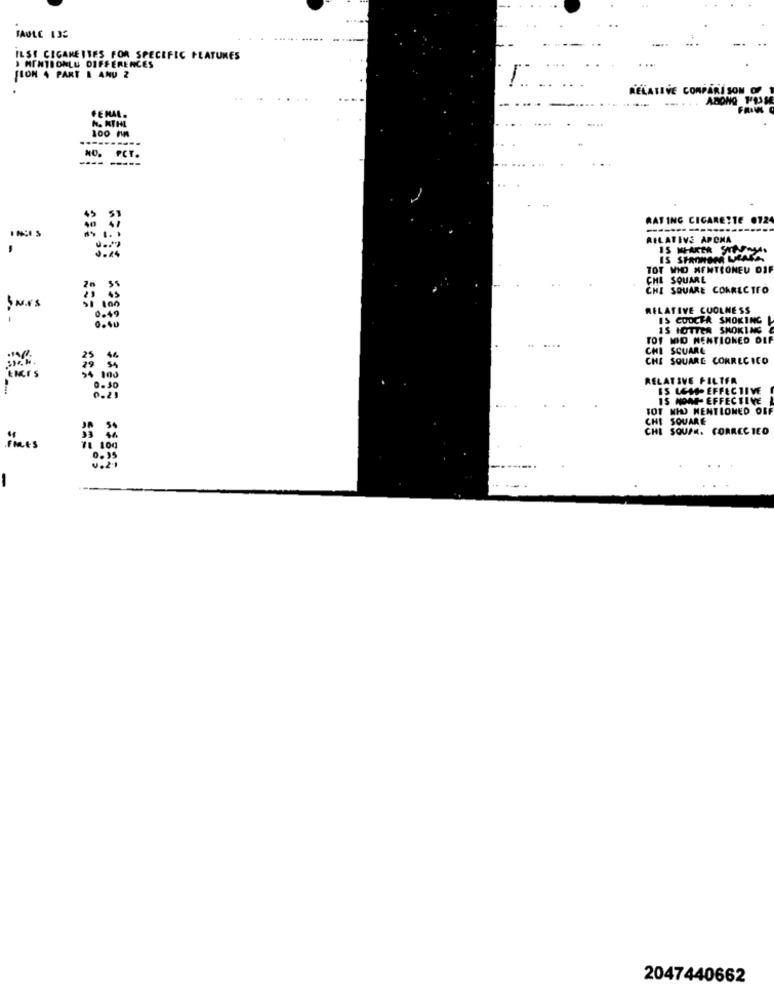
FAULE 135
ILSE CIGARETTES FOR SPECIFIC FEATURES
3 MENTIONLU DIFFERENCES
SION 4 PART & ANU 2
RELATIVE COMPARISON OF
...
ABONO 1/13 ME
FEMAL.
N. MTHL
100 MM
--------
PCT.
RATING CIGARETTE 0724
--------
RELATIVE APOMA
,
15 MIAKER STIFMM
TOT WID MENTIONEU DIF
CHE SQUARE
CHI SQUARE CORRECTEO
RELATIVE COOLNESS
IS CODCER SMOKING
IS HOTTER SMOKING
TOT MIO MENTIONED DIF
CHI SCUARE
CHE SQUARE CORRECICO
RELATIVE FILTER
ES LEM- EFFECTIVE
15 NON- EFFECTIVE
TOT NI MENTIONED OFF
CHI SQUARE
CHE SOUPE. CORREC TEO
Its
71 100
0.55
-
2047440662